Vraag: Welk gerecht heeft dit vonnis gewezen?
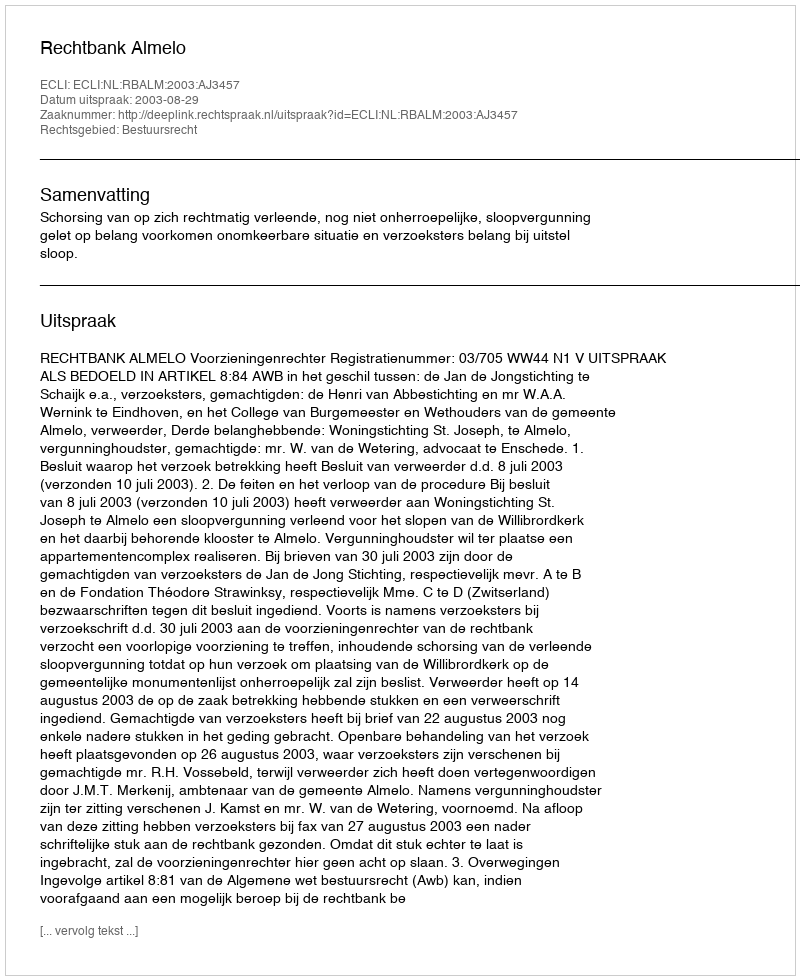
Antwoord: Rechtbank Almelo